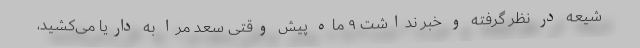
شیعه در نظر گرفته و خبر نداشت ۹ ماه پیش وقتی سعد مرا به داریا می‌کشید،